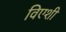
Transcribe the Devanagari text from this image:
विएशी